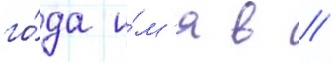
го́да и́м'я в //